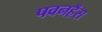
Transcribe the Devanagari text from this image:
पवनहँस